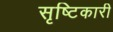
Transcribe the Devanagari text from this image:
सृष्टिकारी